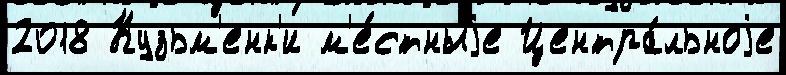
2018 Кузьм'енк'и м'е́стныjе Центра́льноjе